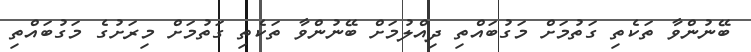
ބޭނުންވާ ތަކެތި ގަތުމަށް މަގުބައްތި ދިއްލުމަށް ބޭނުންވާ ތަކެތި ގަތުމަށް މިރަށުގެ މަގުބައްތި